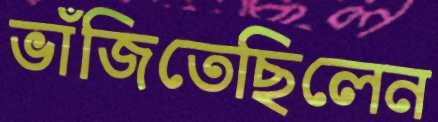
ভাঁজিতেছিলেন